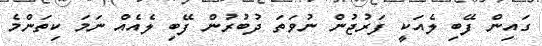
ގައިން ފޭބި ލެއަކީ ފަރުޖުން ނުވަތަ ދުބުރުން ފޭބި ލެއެއް ނަމަ ކިތަންމެ